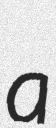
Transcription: a